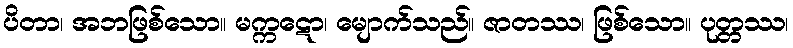
ပိတာ၊ အဘဖြစ်သော။ မက္ကဋော၊ မျောက်သည်။ ဇာတဿ၊ ဖြစ်သော။ ပုတ္တဿ၊